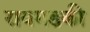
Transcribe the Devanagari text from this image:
रायगडकी